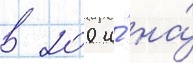
в 200 и́ на́